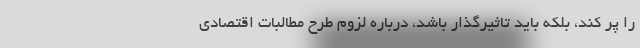
را پر کند، بلکه باید تاثیرگذار باشد، درباره لزوم طرح مطالبات اقتصادی